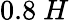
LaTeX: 0.8~H